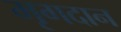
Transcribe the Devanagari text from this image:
मृगदान